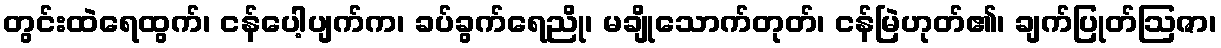
တွင်းထဲရေထွက်၊ ငန်ပေါ့ပျက်က၊ ခပ်ခွက်ရေညို၊ မချိုသောက်တုတ်၊ ငန်မြဲဟုတ်၏၊ ချက်ပြုတ်ဩဇာ၊